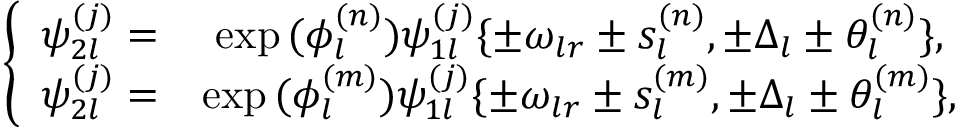
\begin{array} { r } { \left\{ \begin{array} { c c c } { \psi _ { 2 l } ^ { ( j ) } = } & { \exp { ( \phi _ { l } ^ { ( n ) } ) } \psi _ { 1 l } ^ { ( j ) } \{ \pm \omega _ { l r } \pm s _ { l } ^ { ( n ) } , \pm \Delta _ { l } \pm \theta _ { l } ^ { ( n ) } \} , } \\ { \psi _ { 2 l } ^ { ( j ) } = } & { \exp { ( \phi _ { l } ^ { ( m ) } ) } \psi _ { 1 l } ^ { ( j ) } \{ \pm \omega _ { l r } \pm s _ { l } ^ { ( m ) } , \pm \Delta _ { l } \pm \theta _ { l } ^ { ( m ) } \} , } \end{array} \right. } \end{array}